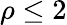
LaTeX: {\rho\leq 2}